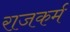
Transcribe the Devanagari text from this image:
राजकर्म